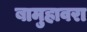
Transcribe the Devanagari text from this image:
बामुहावरा